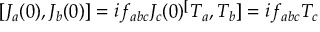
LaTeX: [ J _ { a } ( 0 ) , J _ { b } ( 0 ) ] = i f _ { a b c } J _ { c } ( 0 ) \sp [ T _ { a } , T _ { b } ] = i f _ { a b c } T _ { c }